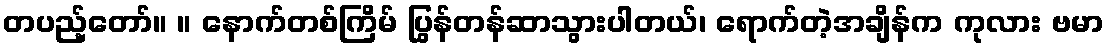
တပည့်တော်။ ။ နောက်တစ်ကြိမ် ပြွန်တန်ဆာသွားပါတယ်၊ ရောက်တဲ့အချိန်က ကုလား ဗမာ